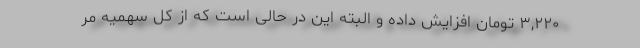
۳,۲۲۰ تومان افزایش داده و البته این در حالی است که از کل سهمیه مر